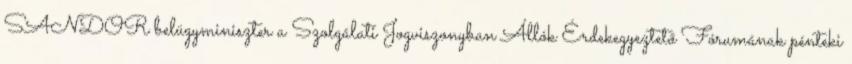
SANDOR belügyminiszter a Szolgálati Jogviszonyban Állók Érdekegyeztető Fórumának pénteki